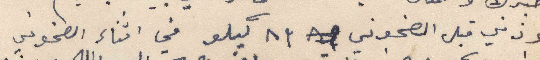
وزني قبل الصخوني ٨٣ كيلو في اثناء الصخوني